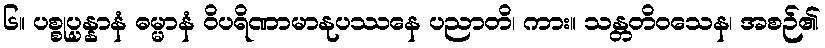
၆။ ပစ္စုပ္ပန္နာနံ ဓမ္မာနံ ဝိပရိဏာမာနုပဿနေ ပညာတိ၊ ကား။ သန္တတိဝသေန၊ အစဉ်၏